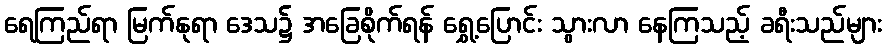
ရေကြည်ရာ မြက်နုရာ ဒေသ၌ အခြေစိုက်ရန် ရွှေ့ပြောင်း သွားလာ နေကြသည့် ခရီးသည်များ